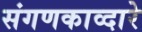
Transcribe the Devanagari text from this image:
संगणकाव्दारे